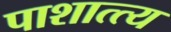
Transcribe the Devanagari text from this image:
पाशात्त्य